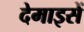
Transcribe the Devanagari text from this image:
देमाइसें